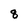
Character: 8